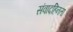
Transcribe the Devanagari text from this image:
संवादहिनता